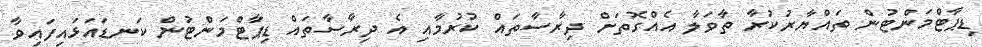
ޑިޕާޓްމަންޓުން ތައްޔާރުކުރާ ތާވަލާ އެއްގޮތަށް ދިރާސާތައް ކުރުމާއި އެ ދިރާސާތައް ޑިޕާޓްމަންޓުން ކަނޑައަޅައިފައިވާ